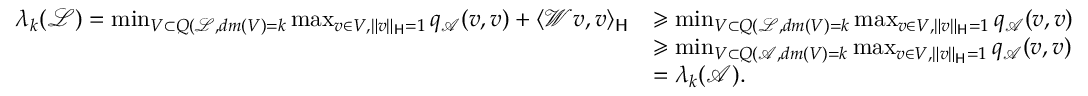
\begin{array} { r l } { \lambda _ { k } ( \mathcal { L } ) = \operatorname* { m i n } _ { V \subset Q ( \mathcal { L } , d m ( V ) = k } \operatorname* { m a x } _ { v \in V , \| v \| _ { \mathsf { H } } = 1 } q _ { \mathcal { A } } ( v , v ) + \langle \mathcal { W } v , v \rangle _ { \mathsf { H } } } & { \geqslant \operatorname* { m i n } _ { V \subset Q ( \mathcal { L } , d m ( V ) = k } \operatorname* { m a x } _ { v \in V , \| v \| _ { \mathsf { H } } = 1 } q _ { \mathcal { A } } ( v , v ) } \\ & { \geqslant \operatorname* { m i n } _ { V \subset Q ( \mathcal { A } , d m ( V ) = k } \operatorname* { m a x } _ { v \in V , \| v \| _ { \mathsf { H } } = 1 } q _ { \mathcal { A } } ( v , v ) } \\ & { = \lambda _ { k } ( \mathcal { A } ) . } \end{array}